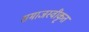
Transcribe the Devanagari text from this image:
समाजस्वीकृत